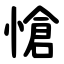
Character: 愴